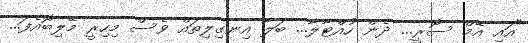
"އައި އޭމް ސޮރީ... ދެން ހުއްޓާލާ... ބަލާ އިނގިލިތައް ވެސް މިހިރީ މޭލިބޮއެފަ...